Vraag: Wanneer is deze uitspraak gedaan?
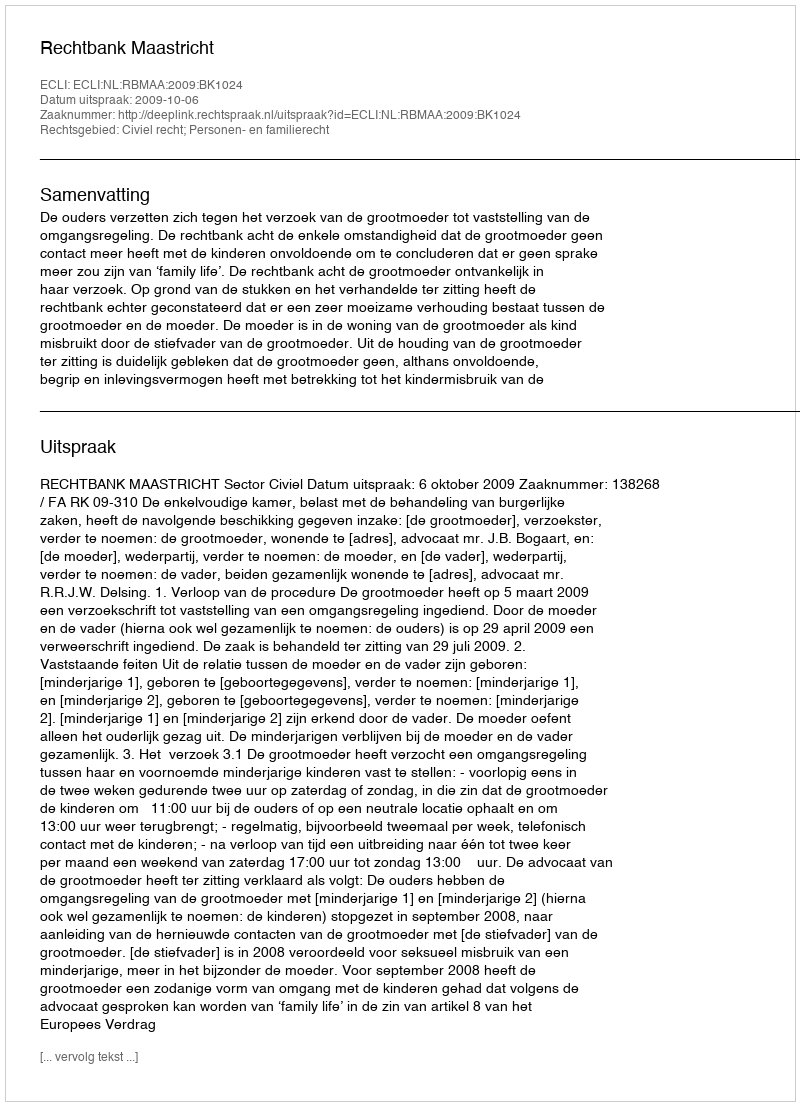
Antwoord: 2009-10-06